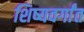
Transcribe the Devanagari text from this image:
शिष्यवर्गांत